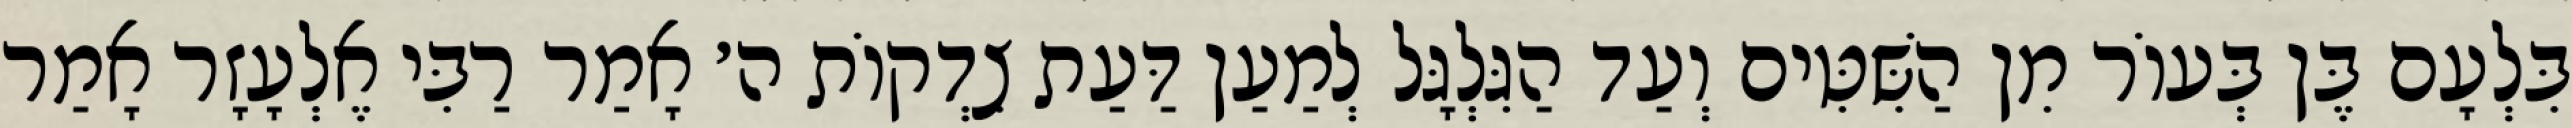
בִּלְעָם בֶּן בְּעוֹר מִן הַשִּׁטִּים וְעַד הַגִּלְגָּל לְמַעַן דַּעַת צִדְקוֹת ה׳ אָמַר רַבִּי אֶלְעָזָר אָמַר